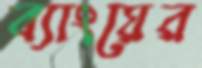
ব্যাংয়ের